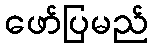
ဖော်ပြမည်